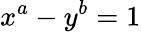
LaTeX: x^{a}-y^{b}=1